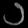
Digit: ၁